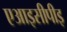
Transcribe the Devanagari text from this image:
एआइसीपीइ